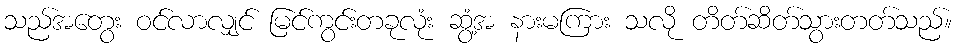
သည်အတွေး ဝင်လာလျှင် မြင်ကွင်းတခုလုံး ဆွံ့အ နားမကြား သလို တိတ်ဆိတ်သွားတတ်သည်။